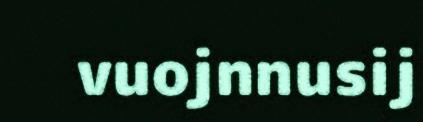
vuojnnusij